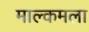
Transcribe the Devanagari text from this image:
माल्कमला